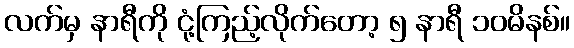
လက်မှ နာရီကို ငုံ့ကြည့်လိုက်တော့ ၅ နာရီ ၁၀မိနစ်။